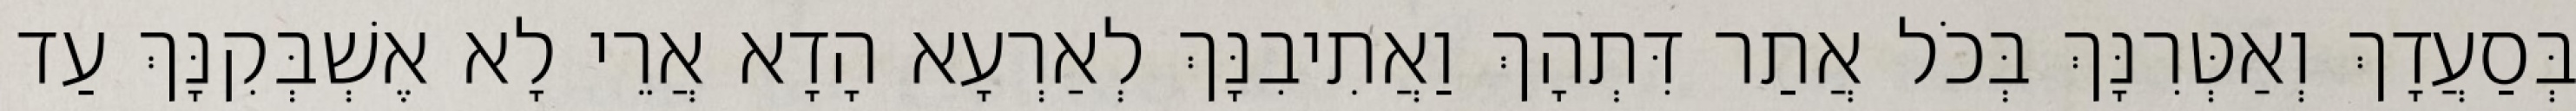
בְּסַעֲדָךְ וְאַטְּרִנָּךְ בְּכֹל אֲתַר דִּתְהָךְ וַאֲתִיבִנָּךְ לְאַרְעָא הָדָא אֲרֵי לָא אֶשְׁבְּקִנָּךְ עַד